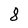
Character: 8